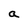
Character: a